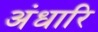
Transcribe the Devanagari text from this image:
अंधारि